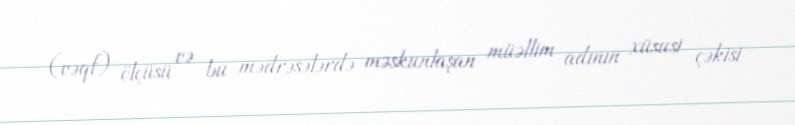
(vəqf) ölçüsü və bu mədrəsələrdə məskunlaşan müəllim adının xüsusi çəkisi